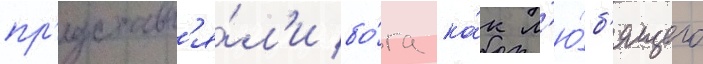
пр'едставл'я́л'и бо́га ка́к л'ю́б'ящего